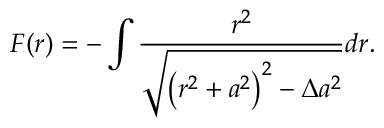
{ \cal F } ( r ) = - \int \frac { r ^ { 2 } } { \sqrt { \left( r ^ { 2 } + a ^ { 2 } \right) ^ { 2 } - \Delta a ^ { 2 } } } d r .